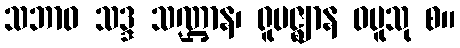
သဘာဝ သဒ္ဒ သဏ္ဌာန၊ ရူပဇ္ဈာန ဝပူသု စ။